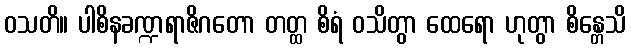
ဝသတိ။ ပါစိနခဏ္ဍရာဇိဂတော တတ္ထ စိရံ ဝသိတွာ ထေရော ဟုတွာ စိန္တေသိ